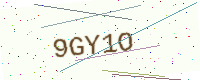
Text: 9GY1O